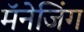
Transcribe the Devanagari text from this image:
मॅनेजिंग